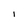
Character: I